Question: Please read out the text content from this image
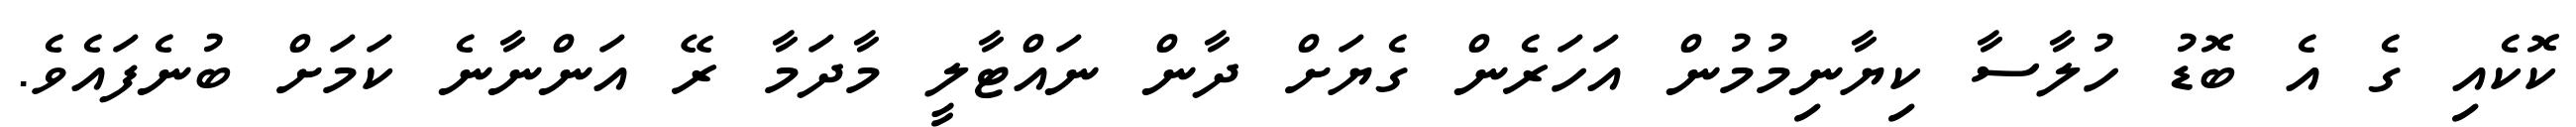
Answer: ކޮކެއި ގެ އެ ބޮޑު ހުލާސާ ކިޔާނިމުމުން އަހަރެން ގެޔަށް ދާން ނައްޓާލީ މާދަމާ ރޭ އަންނާނެ ކަމަށް ބުނެފައެވެ.